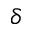
\delta